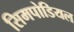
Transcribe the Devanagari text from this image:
सिमपोडियल